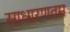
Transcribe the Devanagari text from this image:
साधारणतम